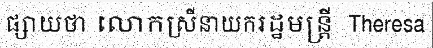
ផ្សាយថា លោកស្រីនាយករដ្ឋមន្ត្រី  Theresa